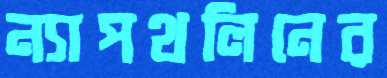
ন্যাপথলিনের